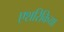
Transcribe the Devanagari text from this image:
एशरिकिया